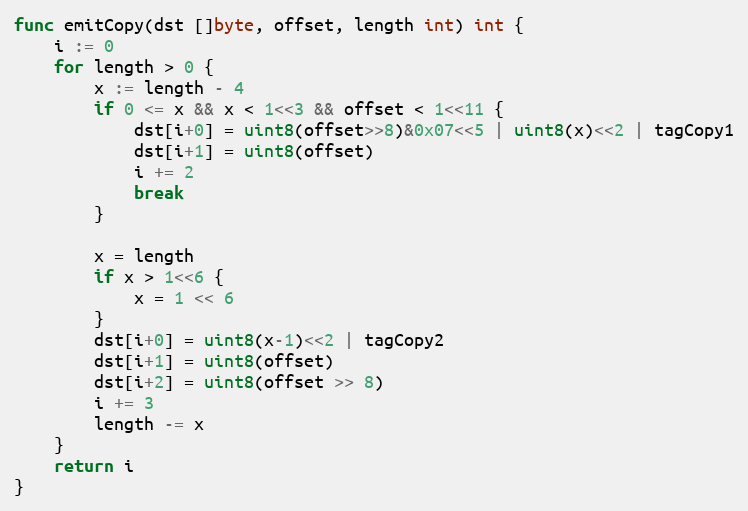
Language: Go
func emitCopy(dst []byte, offset, length int) int {
	i := 0
	for length > 0 {
		x := length - 4
		if 0 <= x && x < 1<<3 && offset < 1<<11 {
			dst[i+0] = uint8(offset>>8)&0x07<<5 | uint8(x)<<2 | tagCopy1
			dst[i+1] = uint8(offset)
			i += 2
			break
		}

		x = length
		if x > 1<<6 {
			x = 1 << 6
		}
		dst[i+0] = uint8(x-1)<<2 | tagCopy2
		dst[i+1] = uint8(offset)
		dst[i+2] = uint8(offset >> 8)
		i += 3
		length -= x
	}
	return i
}